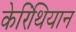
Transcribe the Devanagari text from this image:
केरिंथियान